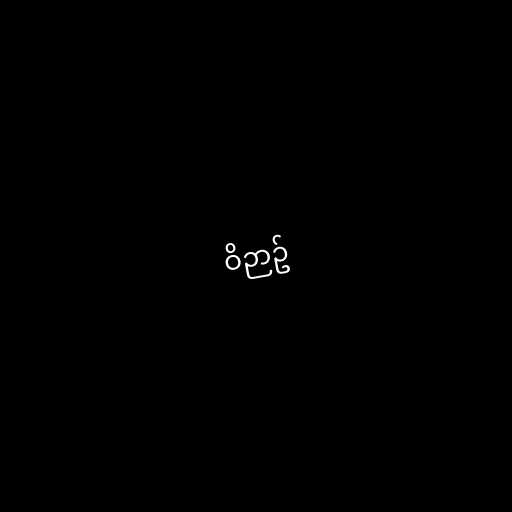
ဝိဉာဥ်